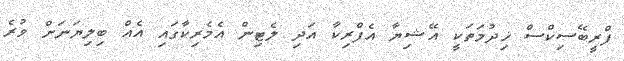
ފްރީބޭސިކްސް ޚިދުމަތަކީ އޭޝިޔާ އެފްރިކާ އަދި ލެޓިން އެމެރިކާގައި އެއް ބިލިޔަނަށް ވުރެ